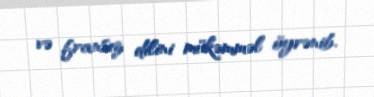
və fransız dilini mükəmməl öyrənib.